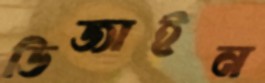
ডিজাইন